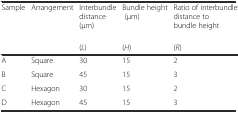
<table><thead><tr><td><b>Sample</b></td><td><b>Arrangement</b></td><td><b>Interbundle distance (μm)</b></td><td><b>Bundle height (μm)</b></td><td><b>Ratio of interbundle distance to bundle height</b></td></tr><tr><td>[EMPTY_CELL]</td><td>[EMPTY_CELL]</td><td><b>(<i>L</i>)</b></td><td><b>(<i>H</i>)</b></td><td><b>(<i>R</i>)</b></td></tr></thead><tbody><tr><td>A</td><td>Square</td><td>30</td><td>15</td><td>2</td></tr><tr><td>B</td><td>Square</td><td>45</td><td>15</td><td>3</td></tr><tr><td>C</td><td>Hexagon</td><td>30</td><td>15</td><td>2</td></tr><tr><td>D</td><td>Hexagon</td><td>45</td><td>15</td><td>3</td></tr></tbody></table>